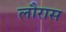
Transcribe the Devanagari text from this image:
लौरास